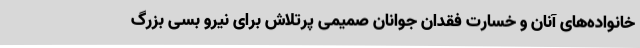
خانواده‌های آنان و خسارت فقدان جوانان صمیمی پرتلاش برای نیرو بسی بزرگ